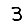
Digit: 3